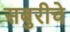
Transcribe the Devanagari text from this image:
सबुरीचे